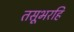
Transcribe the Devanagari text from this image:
तसूभरहि